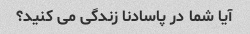
آیا شما در پاسادنا زندگی می کنید؟